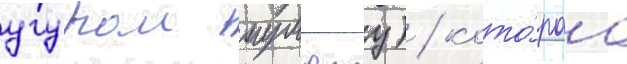
угуром мумджу) / кото́раа